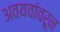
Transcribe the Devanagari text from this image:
अवयवांवरून